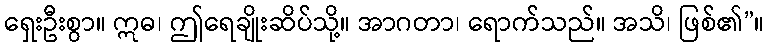
ရှေးဦးစွာ။ ဣဓ၊ ဤရေချိုးဆိပ်သို့။ အာဂတာ၊ ရောက်သည်။ အသိ၊ ဖြစ်၏”။